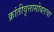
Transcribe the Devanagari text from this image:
क्रांतीवृत्तासोबतचा